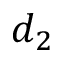
d _ { 2 }